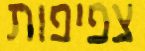
צפיפות